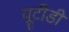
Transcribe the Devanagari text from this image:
यूटीडी